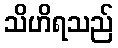
သိဟိရသည်